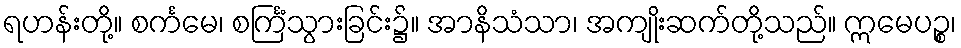
ရဟန်းတို့။ စင်္ကမေ၊ စင်္ကြံသွားခြင်း၌။ အာနိသံသာ၊ အကျိုးဆက်တို့သည်။ ဣမေပဉ္စ၊